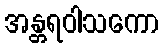
အန္တရဝါသကော